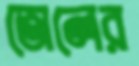
তোলের